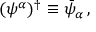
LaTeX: ( \psi ^ { \alpha } ) ^ { \dagger } \equiv \bar { \psi } _ { \alpha } \, ,